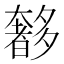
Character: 𭑥